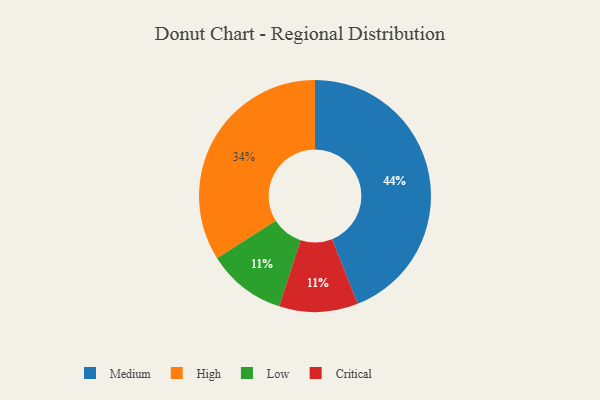
{"axis": {"x": "Category", "y": "Percentage"}, "legend": ["Critical", "High", "Low", "Medium"], "data": [{"x": "Low", "y": 11, "type": "Low"}, {"x": "Critical", "y": 11, "type": "Critical"}, {"x": "High", "y": 34, "type": "High"}, {"x": "Medium", "y": 44, "type": "Medium"}]}